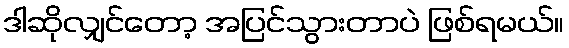
ဒါဆိုလျှင်တော့ အပြင်သွားတာပဲ ဖြစ်ရမယ်။